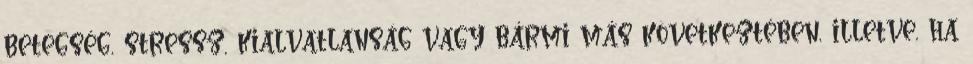
betegség, stressz, kialvatlanság vagy bármi más következtében, illetve, ha